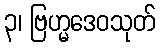
၃၊ ဗြဟ္မဒေဝသုတ်